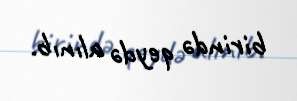
birində qeydə alınıb.